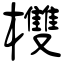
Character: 欆